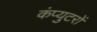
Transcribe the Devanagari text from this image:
कंप्युटरों